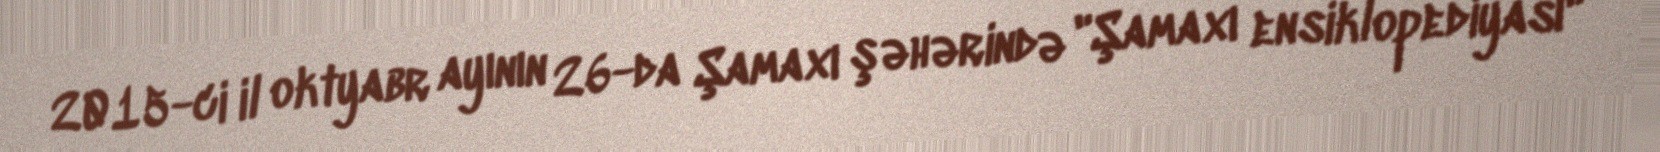
2015-ci il oktyabr ayının 26-da Şamaxı şəhərində "Şamaxı ensiklopediyası"